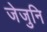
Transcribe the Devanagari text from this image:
जेजुनि